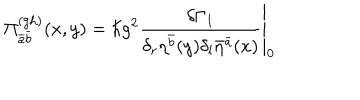
LaTeX: \Pi _ { \bar { a } \bar { b } } ^ { ( \mathrm { g h ) } } ( x , y ) = \left. \hbar g ^ { 2 } \frac { \delta \Gamma _ { 1 } } { \delta _ { r } \eta ^ { \bar { b } } ( y ) \delta _ { l } \bar { \eta } ^ { \bar { a } } ( x ) } \right| _ { 0 }